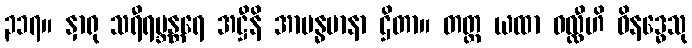
၃၁၇။ နှာရု သရီရဗ္ဘန္တရေ အဋ္ဌီနိ အာဗန္ဓမာနာ ဌိတာ။ တတ္ထ ယထာ ဝလ္လီဟိ ဝိနဒ္ဓေသု